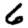
Digit: 6